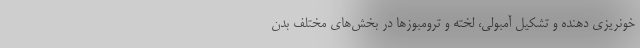
خونریزی دهنده و تشکیل آمبولی‌، لخته و ترومبوزها در بخش‌های مختلف بدن